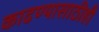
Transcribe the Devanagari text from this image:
काढण्यासाठीही